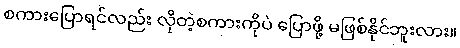
စကားပြောရင်လည်း လိုတဲ့စကားကိုပဲ ပြောဖို့ မဖြစ်နိုင်ဘူးလား။